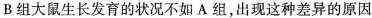
B组大鼠生长发育的状况不如A组，出现这种差异的原因